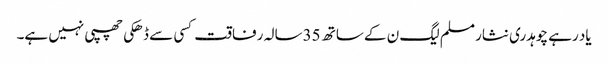
یاد رہے چوہدری نثار مسلم لیگ ن کے ساتھ 35سالہ رفاقت کسی سے ڈھکی چھپی نہیں ہے۔